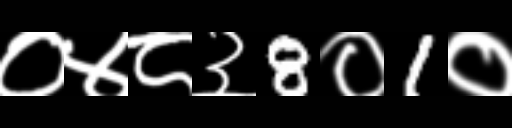
Text: ०४८३8०1०